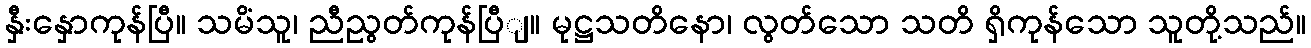
နှီးနှောကုန်ပြီ။ သမိံသူ၊ ညီညွတ်ကုန်ပြီျ။ မုဋ္ဌသတိနော၊ လွတ်သော သတိ ရှိကုန်သော သူတို့သည်။